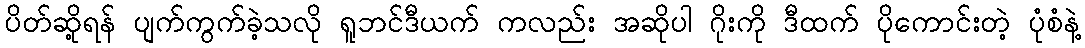
ပိတ်ဆို့ရန် ပျက်ကွက်ခဲ့သလို ရူဘင်ဒီယက် ကလည်း အဆိုပါ ဂိုးကို ဒီထက် ပိုကောင်းတဲ့ ပုံစံနဲ့